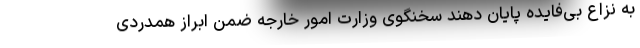
به نزاع بی‌فایده پایان دهند سخنگوی وزارت امور خارجه ضمن ابراز همدردی